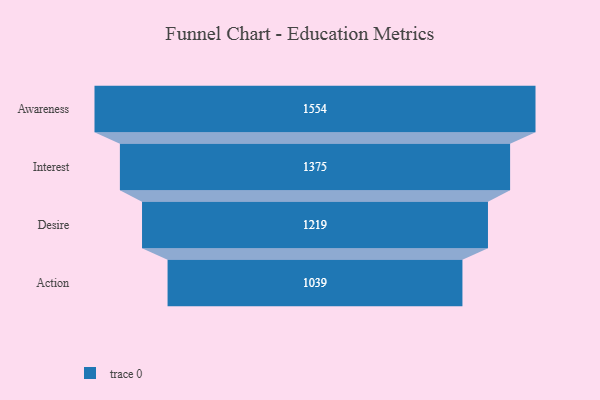
{"axis": {"x": "Stage", "y": "Value"}, "legend": [""], "data": [{"x": "Awareness", "y": 1554.0, "type": ""}, {"x": "Interest", "y": 1375.0, "type": ""}, {"x": "Desire", "y": 1219.0, "type": ""}, {"x": "Action", "y": 1039.0, "type": ""}]}